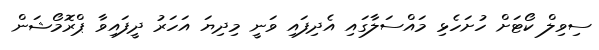
ސިވިލް ކޯޓަށް ހުށަހެޅި މައްސަލާގައި އެދިފައި ވަނީ މިދިޔަ އަހަރު ދީފައިވާ ޕްރޮމޯޝަން